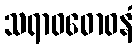
သရာဝဓောဝနံ